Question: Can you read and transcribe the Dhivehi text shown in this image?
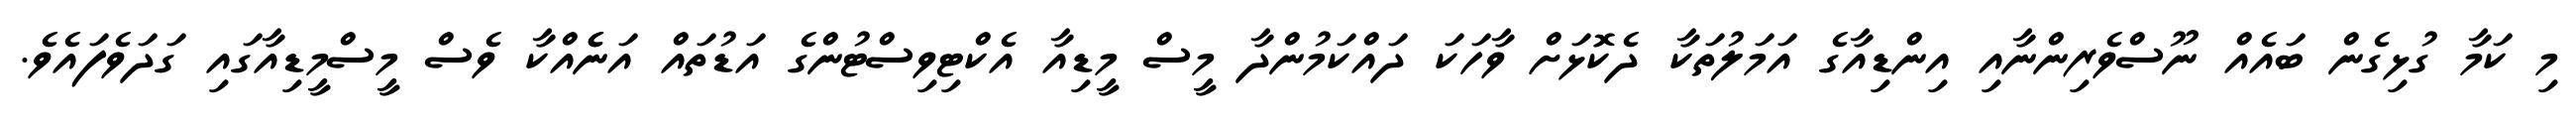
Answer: މި ކަމާ ގުޅިގެން ބައެއް ނޫސްވެރިންނާއި އިންޑިއާގެ އަމަލުތަކާ ދެކޮޅަށް ވާހަކަ ދައްކަމުންދާ މީސް މީޑިއާ އެކްޓިވިސްޓުންގެ އަޑުތައް އަނެެއްކާ ވެސް މީސްމީޑިއާގައި ގަދަވެފައެވެ.